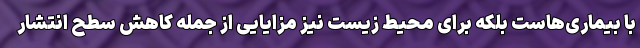
با بیماری‌هاست بلکه برای محیط زیست نیز مزایایی از جمله کاهش سطح انتشار